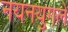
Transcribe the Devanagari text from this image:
नयनयुगले